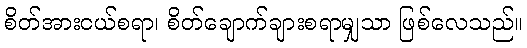
စိတ်အားငယ်စရာ၊ စိတ်ချောက်ချားစရာမျှသာ ဖြစ်လေသည်။